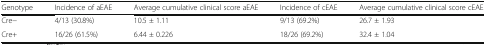
<table><thead><tr><td><b>Genotype</b></td><td><b>Incidence of aEAE</b></td><td><b>Average cumulative clinical score aEAE</b></td><td><b>Incidence of cEAE</b></td><td><b>Average cumulative clinical score cEAE</b></td></tr></thead><tbody><tr><td>Cre−</td><td>4/13 (30.8%)</td><td>10.5 ± 1.11</td><td>9/13 (69.2%)</td><td>26.7 ± 1.93</td></tr><tr><td>Cre+</td><td>16/26 (61.5%)</td><td>6.44 ± 0.226</td><td>18/26 (69.2%)</td><td>32.4 ± 1.04</td></tr></tbody></table>